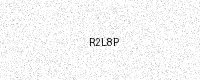
Text: R2L8P